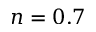
n = 0 . 7